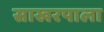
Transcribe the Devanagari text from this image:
साखरपाला